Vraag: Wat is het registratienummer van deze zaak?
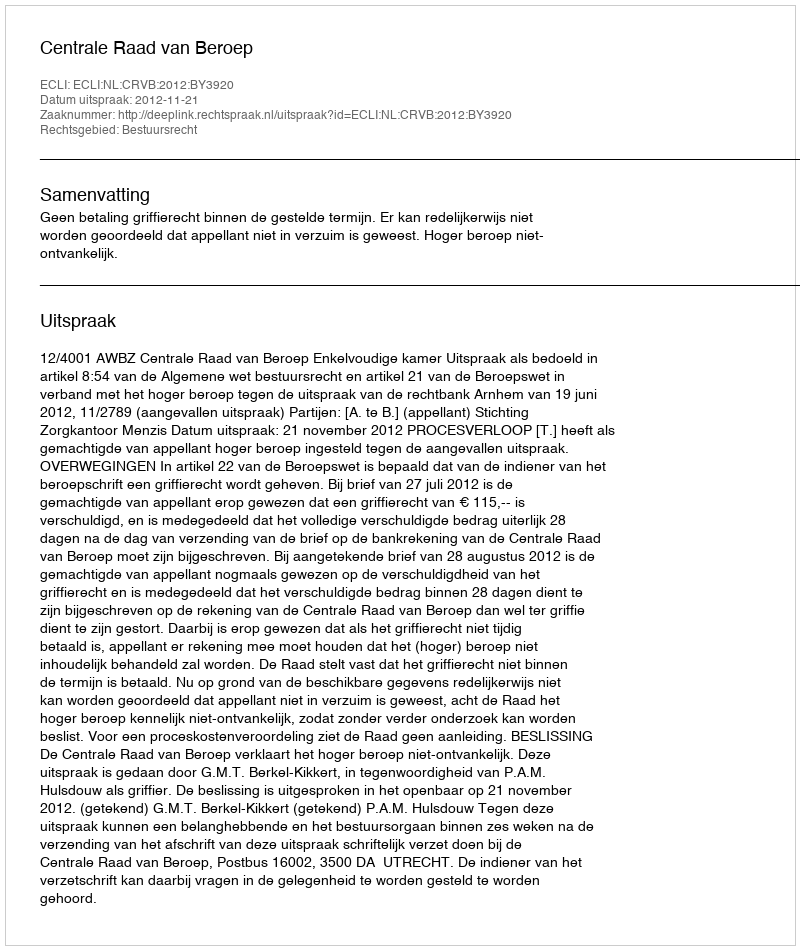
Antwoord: http://deeplink.rechtspraak.nl/uitspraak?id=ECLI:NL:CRVB:2012:BY3920